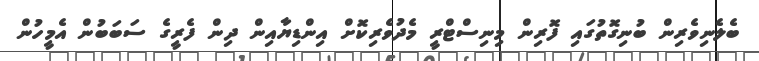
ބެލެނިވެރިން ބުނިގޮތުގައި ފޮރިން މިނިސްޓްރީ މެދުވެރިކޮށް އިންޑިޔާއިން ދިން ފެރީގެ ސަބަބުން އެމީހުން